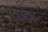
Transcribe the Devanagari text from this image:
तबजब